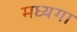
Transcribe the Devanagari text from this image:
मध्यगा